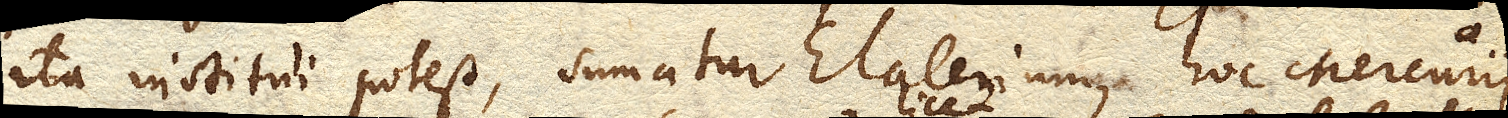
ita institui potest, sumatur Elaterium, hoc Mercurii